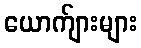
ယောက်ျားများ